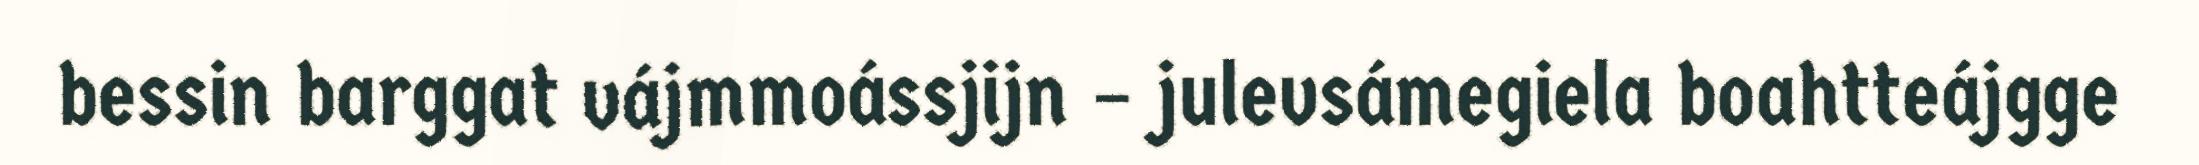
bessin barggat vájmmoássjijn – julevsámegiela boahtteájgge